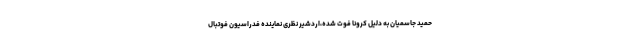
حمید جاسمیان به دلیل کرونا فوت شده،اردشیر نظری نماینده فدراسیون فوتبال